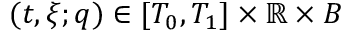
( t , \xi ; q ) \in [ T _ { 0 } , T _ { 1 } ] \times \mathbb { R } \times B